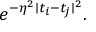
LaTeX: e ^ { - \eta ^ { 2 } \mid t _ { i } - t _ { j } \mid ^ { 2 } } .